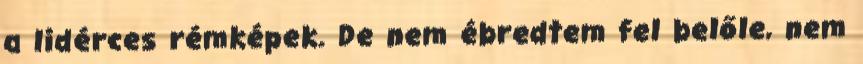
a lidérces rémképek. De nem ébredtem fel belőle, nem